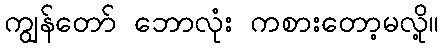
ကျွန်တော် ဘောလုံး ကစားတော့မလို့။